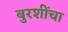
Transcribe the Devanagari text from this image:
बुरशींचा